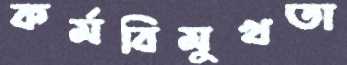
কর্মবিমুখতা